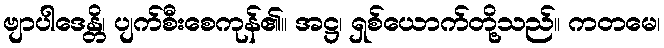
ဗျာပါဒေန္တိ၊ ပျက်စီးစေကုန်၏။ အဋ္ဌ၊ ရှစ်ယောက်တို့သည်။ ကတမေ၊